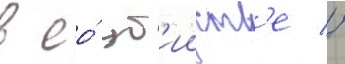
в ео́ уб'ииств'е //